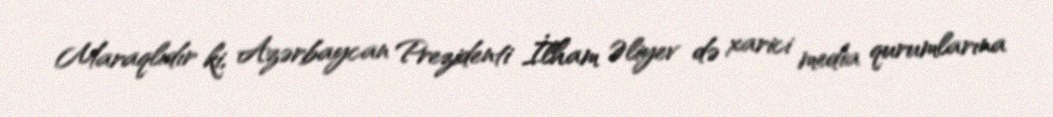
Maraqlıdır ki, Azərbaycan Prezidenti İlham Əliyev də xarici media qurumlarına